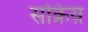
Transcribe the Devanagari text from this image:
सक्रिय़